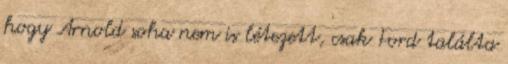
hogy Arnold soha nem is létezett, csak Ford találta